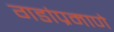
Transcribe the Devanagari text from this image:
गडांप्रमाणे